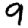
Digit: 9